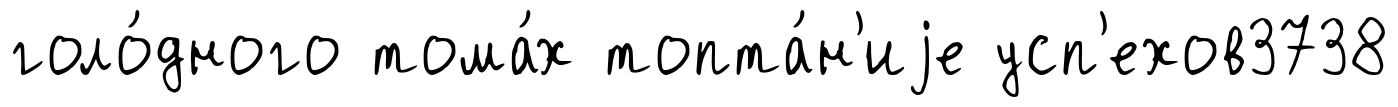
голо́дного тома́х топта́н'иjе усп'ехов3738